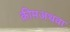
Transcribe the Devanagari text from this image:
क्रीमअथवा